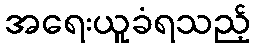
အရေးယူခံရသည့်